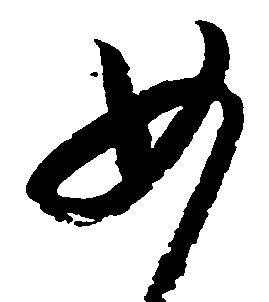
如